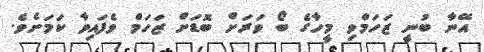
އޭނާ ބުނީ ޒަހަމްވި މީހާގެ ބޯ ވަރަށް ބޮޑަށް ޒަހަމް ވެފައިވާ ކަމަށެވެ.